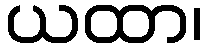
ယထာ၊